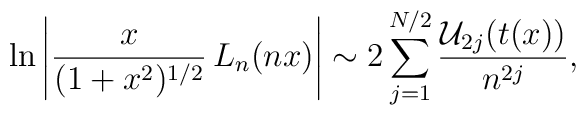
\ln \left\vert {\frac{x}{(1+x^2)^{1/2}}} \, L_n(nx) \right\vert \sim2\sum_{j=1}^{N/2} {\frac{{\cal U}_{2j}(t(x)) }{n^{2j} }},